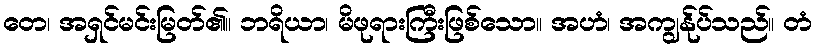
တေ၊ အရှင်မင်းမြတ်၏။ ဘရိယာ၊ မိဖုရားကြီးဖြစ်သော။ အဟံ၊ အကျွန်ုပ်သည်။ တံ